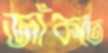
জাঁকতে